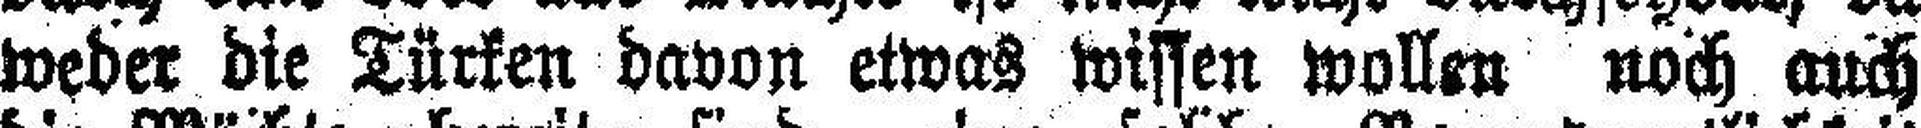
weder die Türken davon etwas wissen wollen noch auch